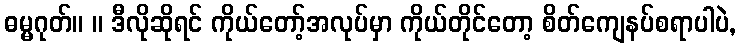
ဓမ္မဂုတ်။ ။ ဒီလိုဆိုရင် ကိုယ်တော့်အလုပ်မှာ ကိုယ်တိုင်တော့ စိတ်ကျေနပ်စရာပါပဲ,